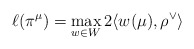
\begin{align*}\ell(\pi^\mu) = \max_{w \in W} 2 \langle w (\mu), \rho^\vee \rangle\end{align*}